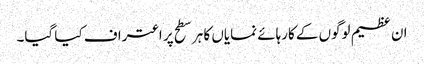
ان عظیم لوگوں کے کارہائے نمایاں کا ہر سطح پر اعتراف کیا گیا۔